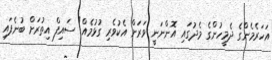
އަހަރެމެންގެ ދެމީހުންގެ މެދުގައި އޮންނަނީ ވަރަށް އެކުވެރި ގުޅުމެއް" ސައިފް އިތުރަށް ބުނެފައި